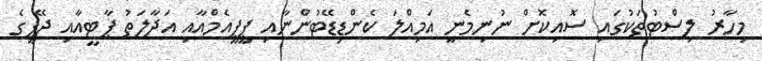
މިހާރު ލިސްޓުތަކުގައި ސޮއިކޮށް ނުނިމެނީ އަމިއްލަ ކެންޑިޑޭޓުންނާއި ޕީޕީއެމްއާއި އަދާލަތު ޕާޓީއާއި ޖޭޕީގެ